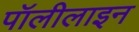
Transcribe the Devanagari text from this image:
पॉलीलाइन